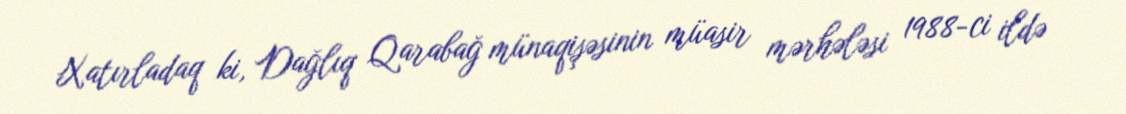
Xatırladaq ki, Dağlıq Qarabağ münaqişəsinin müasir mərhələsi 1988-ci ildə